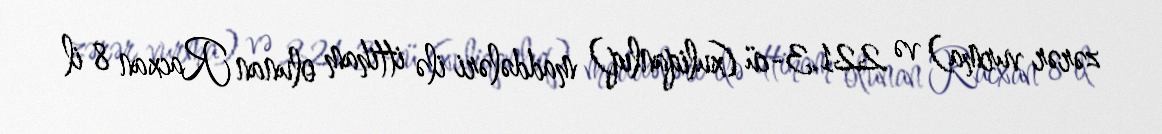
zərər vurma) və 221.3-cü (xuliqanlıq) maddələri ilə ittiham olunan Racxan 8 il